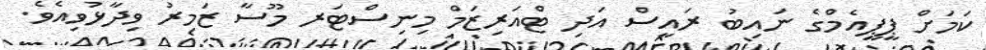
ކަމަށް ޕީޕީއެމްގެ ނައިބު ރައީސް އަދި ޓްއަރިޒަމް މިނިސްޓަރ މޫސާ ޒަމިރު ވިދާޅުވިއެވެ.